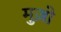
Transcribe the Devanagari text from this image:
मुज़ो